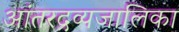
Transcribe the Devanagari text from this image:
आंतरद्रव्यजालिका